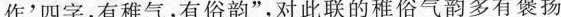
作'四字，有稚气，有俗韵”，对此联的稚俗气韵多有褒扬